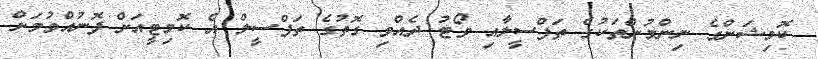
ކޮމިޝަންގެ ނިންމުންތަކުގެ ތަފްސީލާއި ވޯޓު ދެއްވި ގޮތުގެ ތަފްސީލް އެ ކޮމިޓީއަށް ފޮނުއްވުމަށް